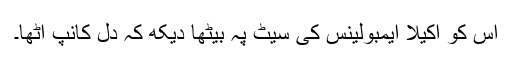
اس کو اکیلا ایمبولینس کی سیٹ پہ بیٹھا دیکھ کہ دل کانپ اٹھا۔